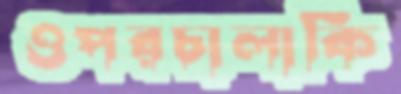
ওপরচালাকি